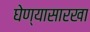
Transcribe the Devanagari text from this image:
घेण्यासारखा